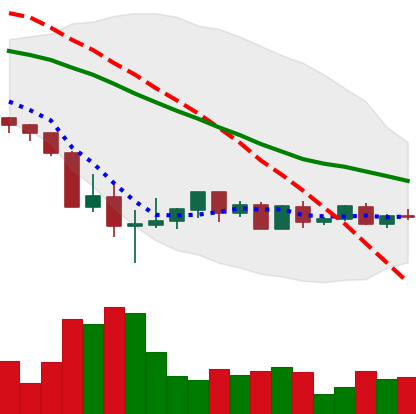
Ticker: BTC-USD
Chart end date: 2022-05-25
Forward return: 7.32%
Label: up_7plus